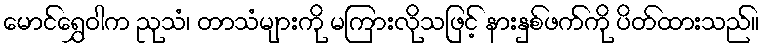
မောင်ရွှေဝါက ညုသံ၊ တာသံများကို မကြားလိုသဖြင့် နားနှစ်ဖက်ကို ပိတ်ထားသည်။